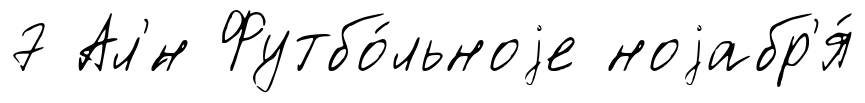
7 Ал'́н Футбо́льноjе ноjабр'я́